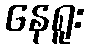
နေရူး